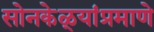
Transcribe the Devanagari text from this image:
सोनकेळ्यांप्रमाणे